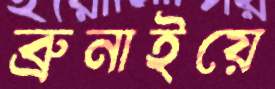
ব্রুনাইয়ে